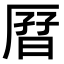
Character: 𫨗